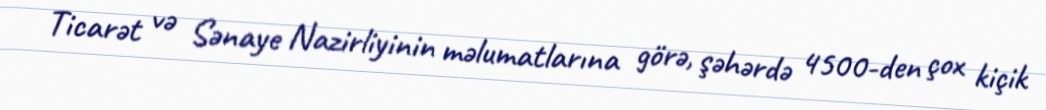
Ticarət və Sənaye Nazirliyinin məlumatlarına görə, şəhərdə 4500-den çox kiçik